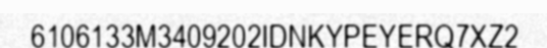
6106133M3409202IDNKYPEYERQ7XZ2